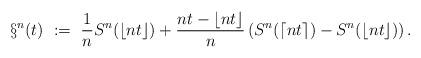
LaTeX: \begin{align*}\S^n(t) \ := \ \frac{1}{n}S^n(\lfloor nt\rfloor) + \frac{nt - \lfloor nt\rfloor}{n} \left( S^n(\lceil nt\rceil) - S^n(\lfloor nt\rfloor)\right).\end{align*}